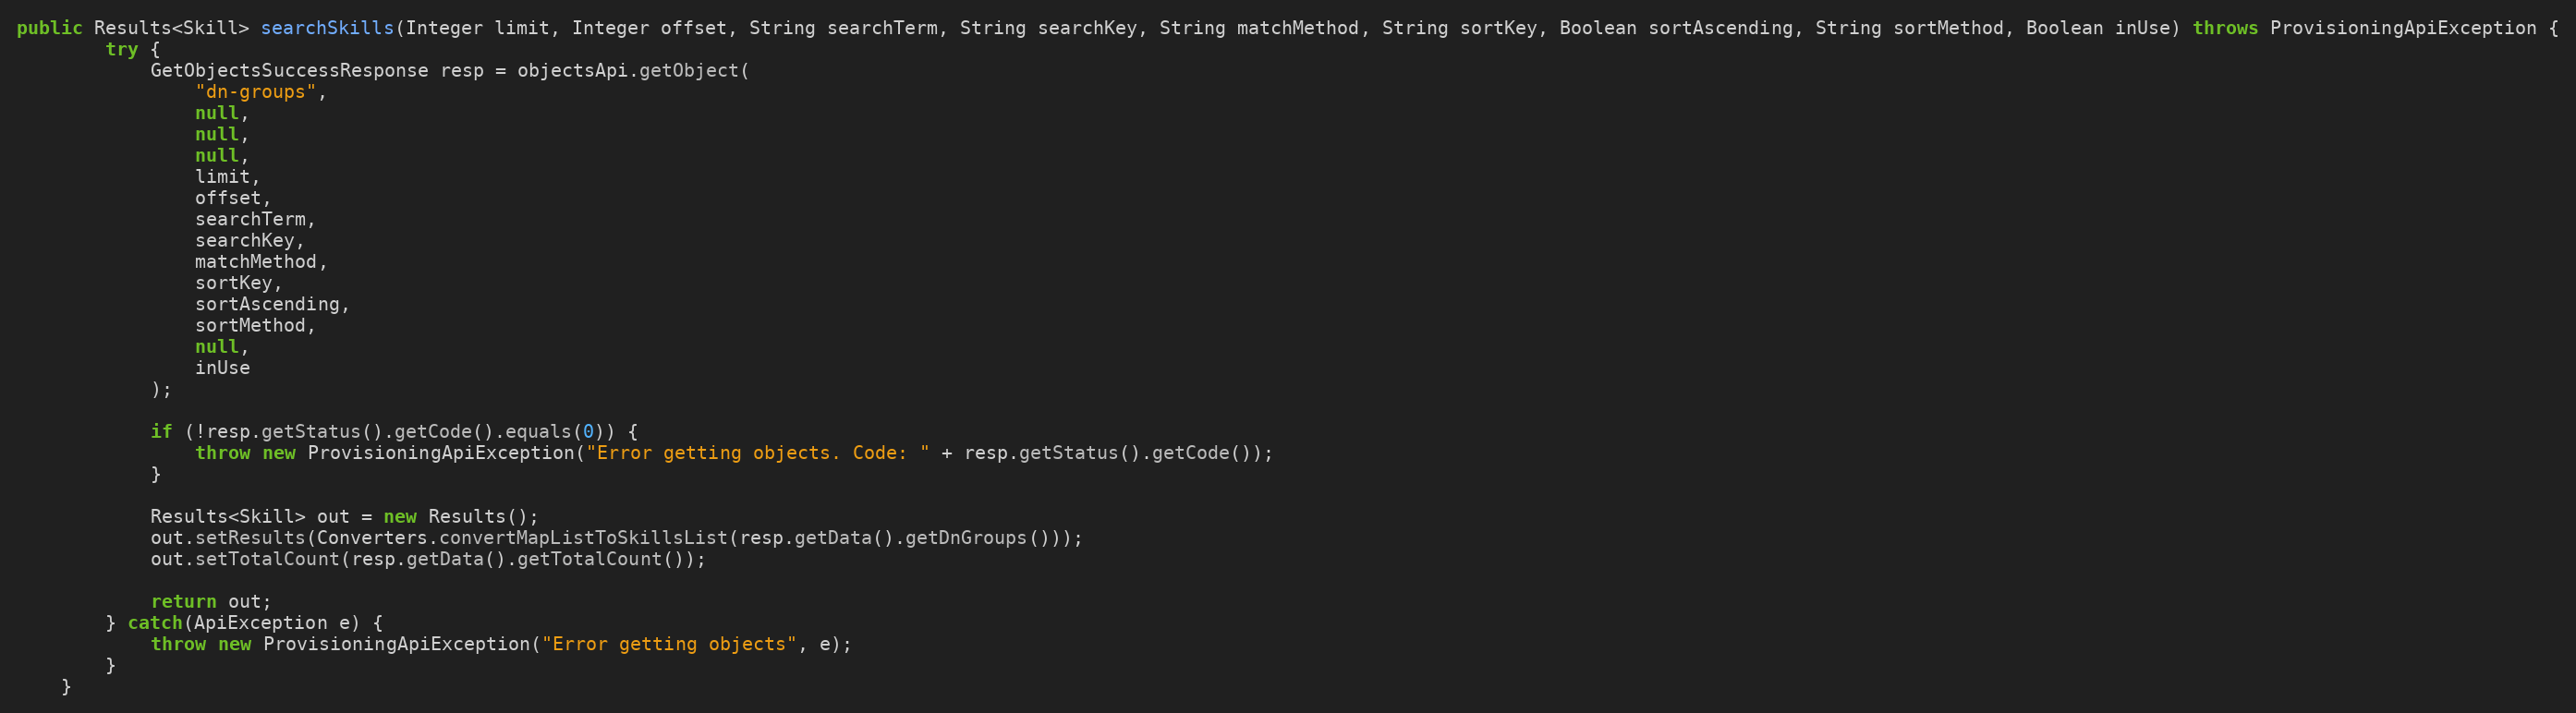
Language: Java
public Results<Skill> searchSkills(Integer limit, Integer offset, String searchTerm, String searchKey, String matchMethod, String sortKey, Boolean sortAscending, String sortMethod, Boolean inUse) throws ProvisioningApiException {
		try {
			GetObjectsSuccessResponse resp = objectsApi.getObject(
				"dn-groups",
				null,
				null,
				null,
				limit,
				offset,
				searchTerm,
				searchKey,
				matchMethod,
				sortKey,
				sortAscending,
				sortMethod,
				null,
				inUse
			);

			if (!resp.getStatus().getCode().equals(0)) {
				throw new ProvisioningApiException("Error getting objects. Code: " + resp.getStatus().getCode());
			}

			Results<Skill> out = new Results();
			out.setResults(Converters.convertMapListToSkillsList(resp.getData().getDnGroups()));
			out.setTotalCount(resp.getData().getTotalCount());

			return out;
        } catch(ApiException e) {
        	throw new ProvisioningApiException("Error getting objects", e);
        }
	}